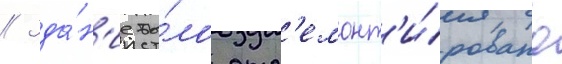
// Зда́н'ие бы́ло отр'емонт'и́ровано